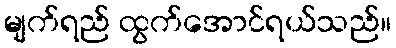
မျက်ရည် ထွက်အောင်ရယ်သည်။